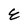
Character: E